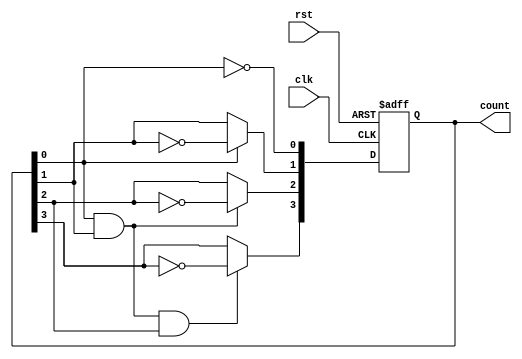
module ripple_counter (
    input wire clk,         // Clock input
    input wire rst,         // Asynchronous reset
    output reg [3:0] count  // 4-bit counter output
);

// Always block to handle the counter logic
always @(posedge clk or posedge rst) begin
    if (rst) begin
        count <= 4'b0000; // Reset the counter to 0
    end else begin
        count[0] <= ~count[0]; // Toggle LSB on every clock pulse
        count[1] <= count[0] ? ~count[1] : count[1]; // Toggle next bit on LSB transition
        count[2] <= (count[0] & count[1]) ? ~count[2] : count[2]; // Toggle next bit on transition of previous bits
        count[3] <= (count[0] & count[1] & count[2]) ? ~count[3] : count[3]; // Toggle MSB
    end
end

endmodule